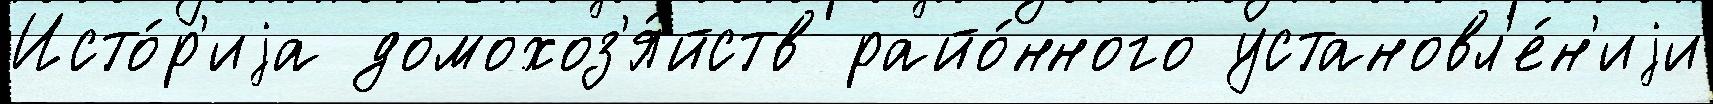
Исто́р'иjа домохоз'я́йств райо́нного установл'е́н'иjи